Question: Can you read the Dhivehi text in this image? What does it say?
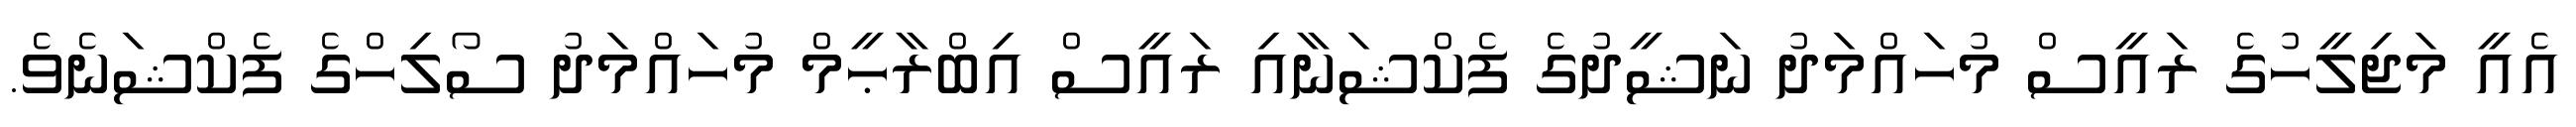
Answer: އެއީ މަޖިލީހުގެ ރައީސް މުހައްމަދު ނަޝީދުގެ ފެކްޝަނާއި ރައީސް އިބްރާޙީމް މުހައްމަދު ސޯލިހްގެ ފެކްޝަނެވެ.